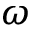
\omega